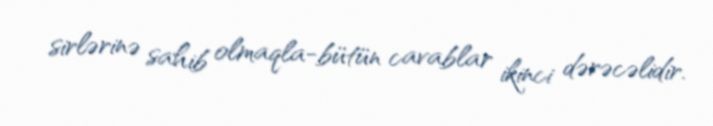
sirlərinə sahib olmaqla-bütün cavablar ikinci dərəcəlidir.